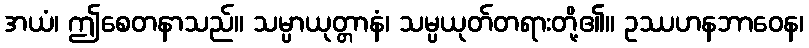
အယံ၊ ဤစေတနာသည်။ သမ္ပာယုတ္တာနံ၊ သမ္ပယုတ်တရားတို့၏။ ဥဿဟနဘာဝေန၊